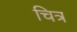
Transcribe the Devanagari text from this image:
चित्र